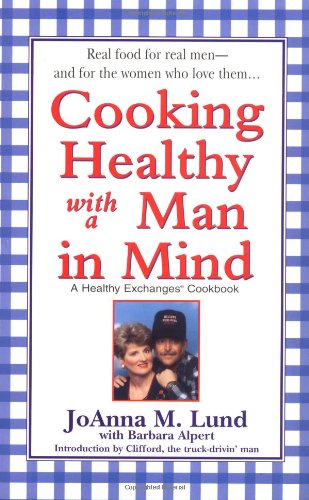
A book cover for Cooking Healthy with a Man in Mind (Healthy Exchanges Cookbook); JoAnna M. Lund; Cookbooks, Food & Wine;